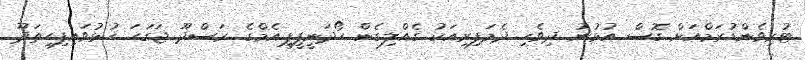
ޓުރިވެންޑުރަމްއަށް ގޮސް އުޅުނު ދިވެހި ދެމަފިރިއަކު ގެއްލިގެން ހޯދަނީޕީޕީއެމްގެ ރަސްދޫ ޖަގަހަ ހުޅުވައިފިހިތަދޫ